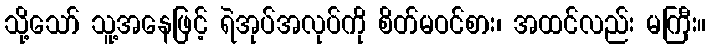
သို့သော် သူ့အနေဖြင့် ရဲအုပ်အလုပ်ကို စိတ်မဝင်စား၊ အထင်လည်း မကြီး။